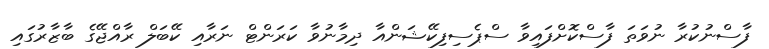
ފާސްނުކުރާ ނުވަތަ ފާސްކޮށްފައިވާ ސްޕެސިފިކޭޝަންއާ ދިމާނުވާ ކަރަންޓް ނަރާއި ކޭބަލް ރާއްޖޭގެ ބާޒާރުގައި